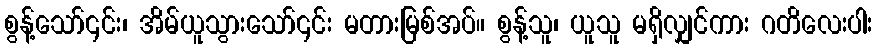
စွန့်သော်၎င်း၊ အိမ်ယူသွားသော်၎င်း မတားမြစ်အပ်။ စွန့်သူ၊ ယူသူ မရှိလျှင်ကား ဂတိလေးပါး